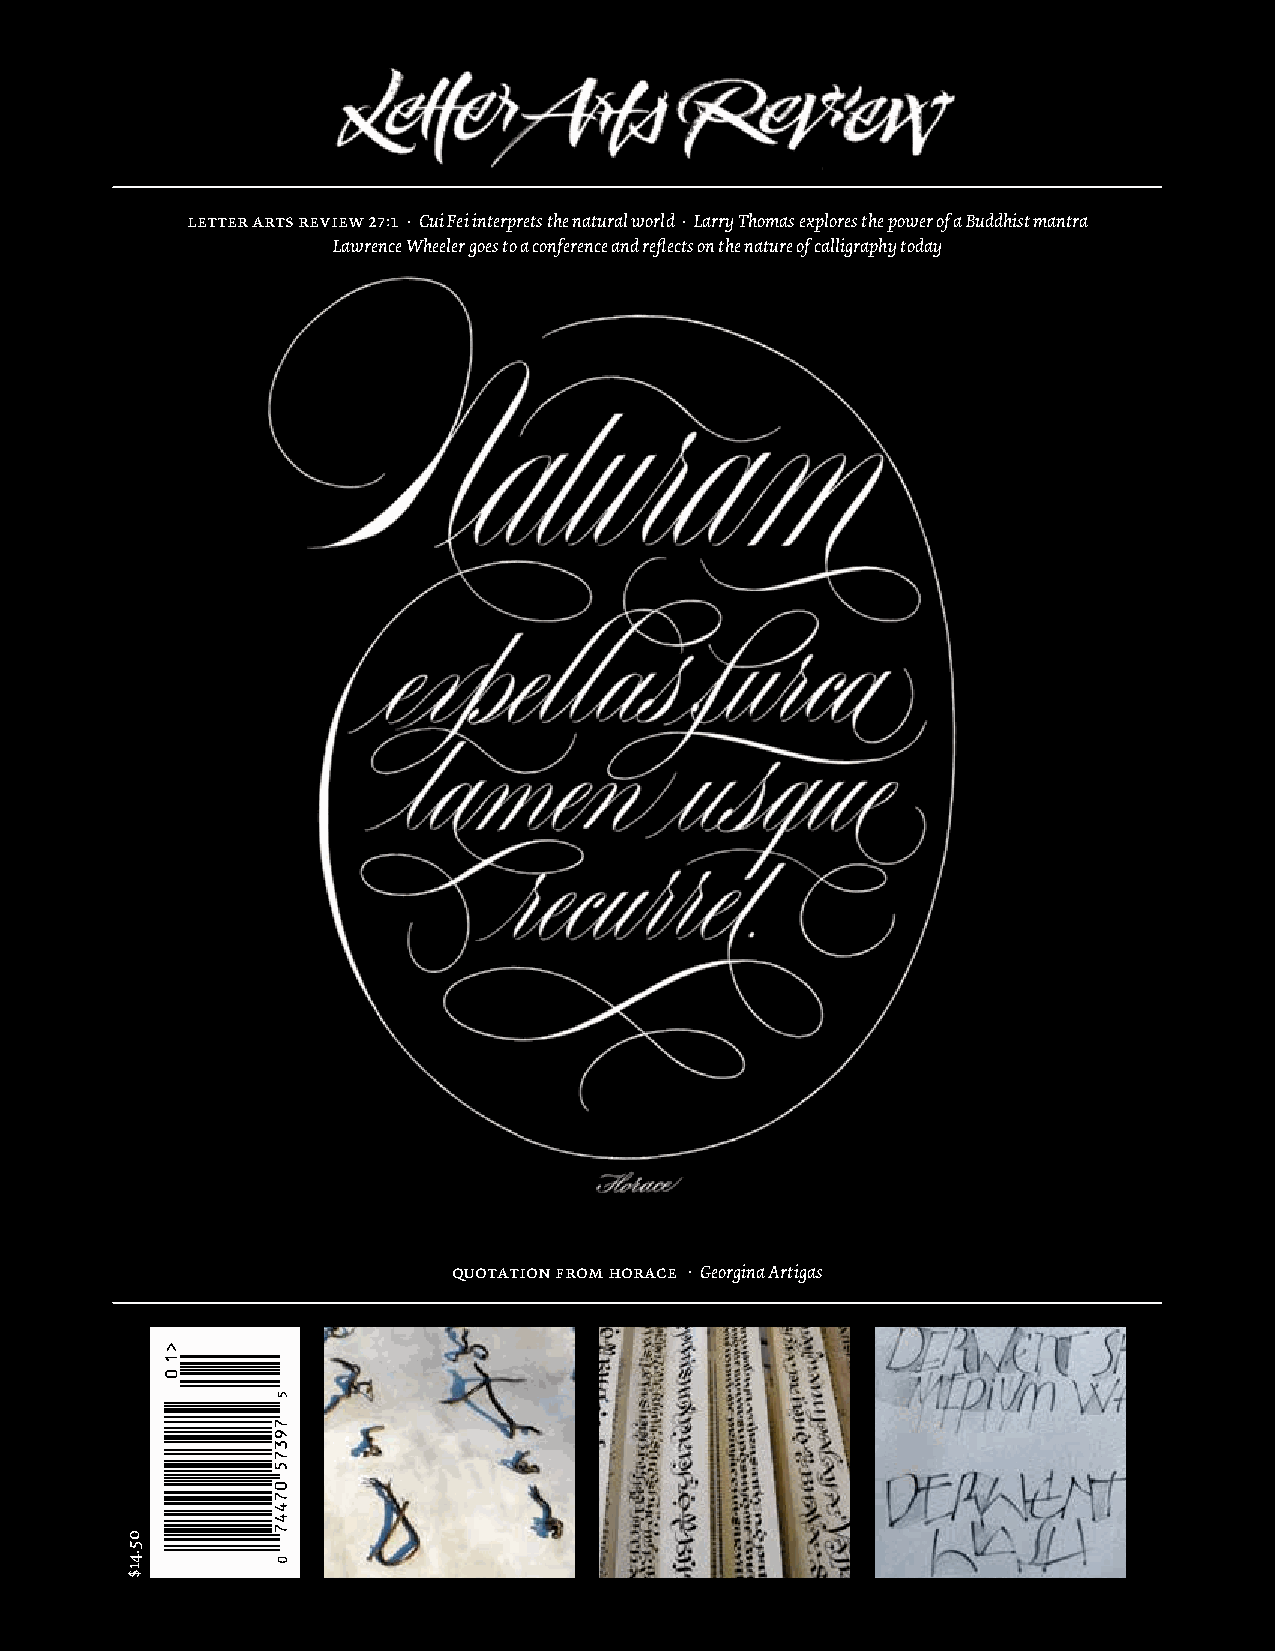
letter arts review 27:1 . Cui Fei interprets the natural world . Larry Thomas explores the power of a Buddhist mantra
 Lawrence Wheeler goes to a conference and reflects on the nature of calligraphy today
 quotation from horace . Georgina Artigas
 05.41$